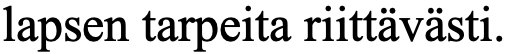
lapsen tarpeita riittävästi.